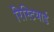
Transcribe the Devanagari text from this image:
रिस्टियार्ड